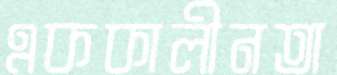
এককালীনতা